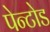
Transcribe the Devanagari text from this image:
पेन्टोड